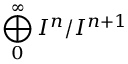
\bigoplus _ { 0 } ^ { \infty } I ^ { n } / I ^ { n + 1 }